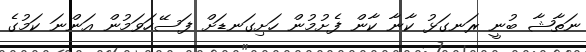
ނަތާޝާ ބުނީ ރަނގަޅު ކާނާ ކާން ފެށުމުން ހަށިގަނޑަށް ފަސޭހަވަމުން އަންނަ ކަމުގެ